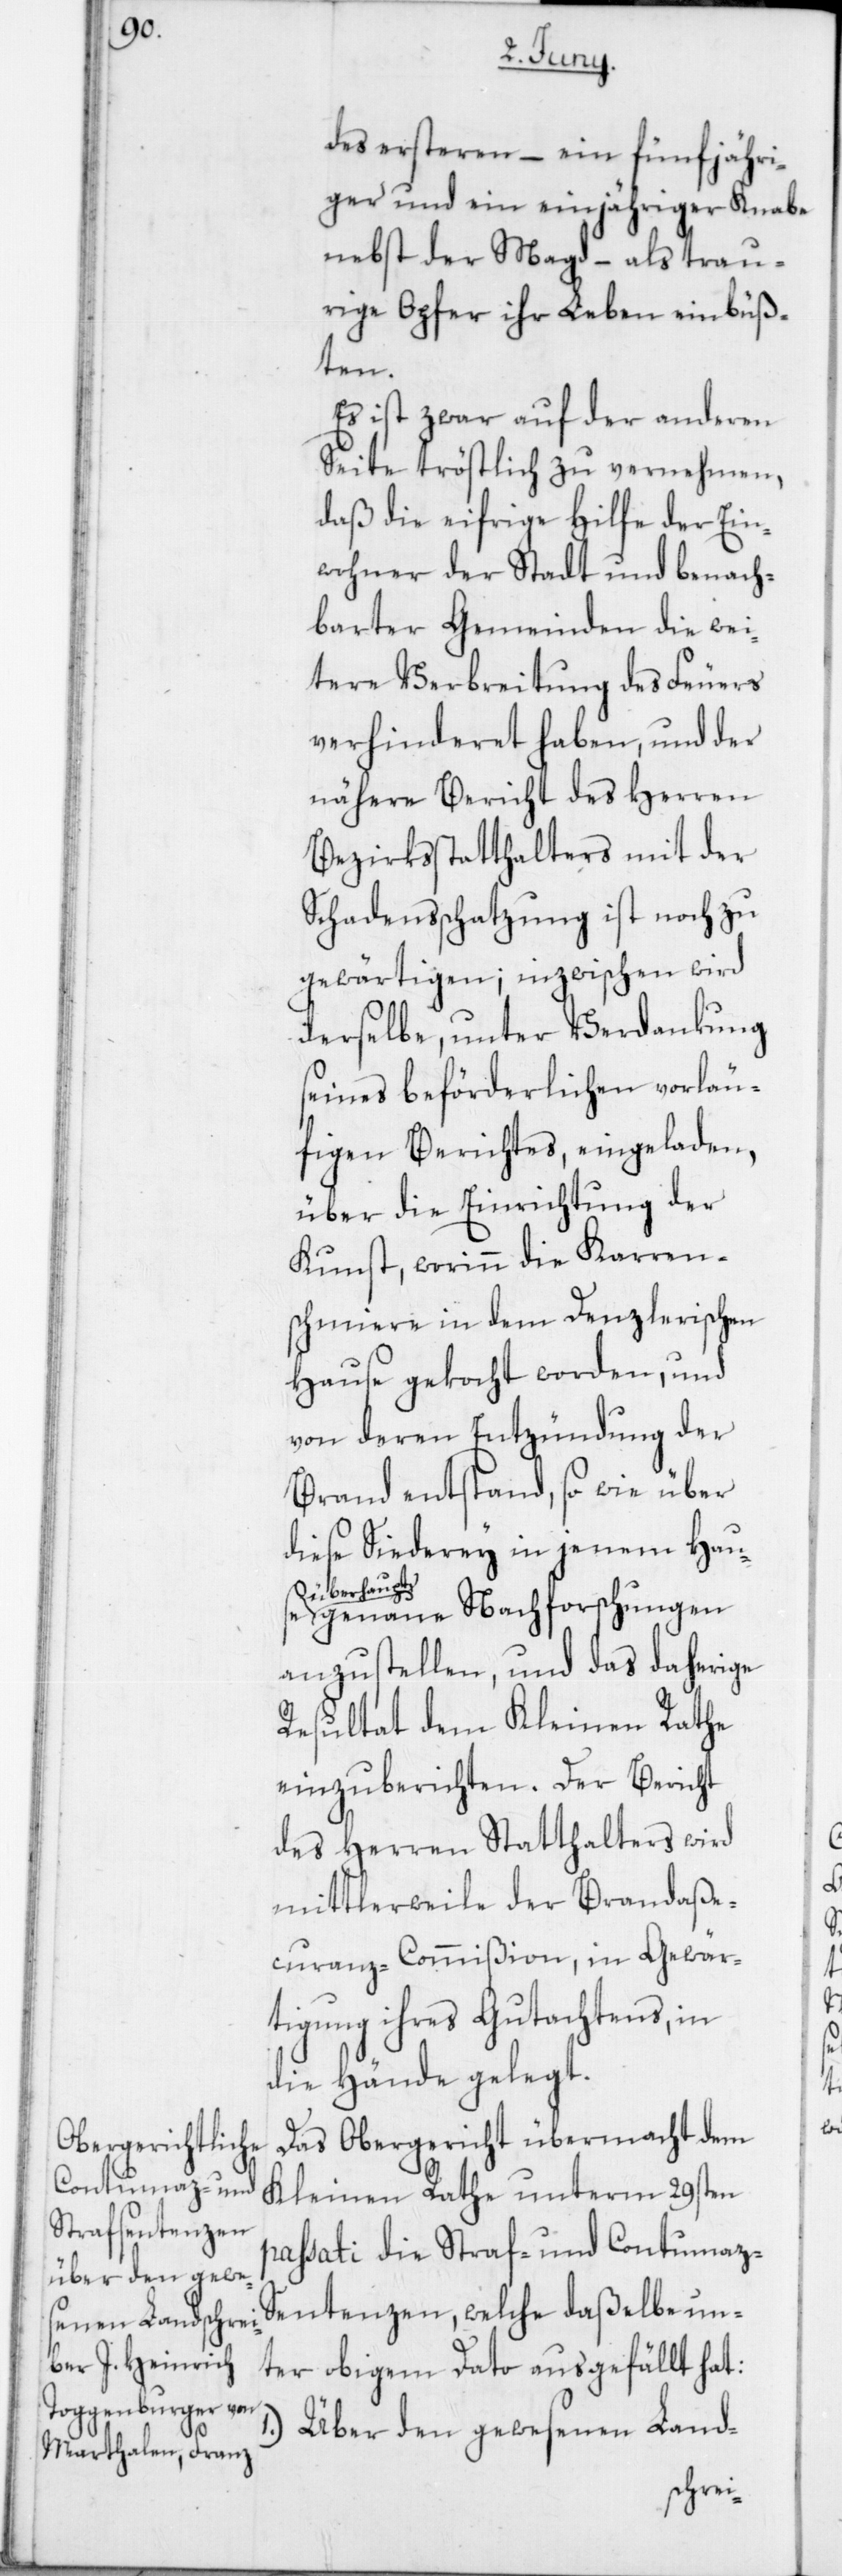
des ersteren, – ein fünfjähri¬
ger und ein einjähriger Knabe
nebst der Magd, – als trau¬
rige Opfer ihr Leben einbüß¬
ten.
Es ist zwar auf der anderen
Seite tröstlich zu vernehmen,
daß die eifrige Hilfe der Ein¬
wohner der Stadt und benach¬
barter Gemeinden die wei¬
tere Verbreitung des Feuers
verhinderet haben, und der
nähere Bericht des Herren
Bezirksstatthalters mit der
Schadensschatzung ist noch zu
gewärtigen; inzwischen wird
derselbe, unter Verdankung
seines beförderlichen vorläu¬
figen Berichtes eingeladen,
über die Einrichtung der
Kunst, worinn die Karren¬
schmiere in dem Denzlerischen
Hause gekocht worden, und
von deren Entzündung der
Brand entstand, sowie über
diese Siederey in jenem Hau¬
upt
überha¬
genaue Nachforschungen
anzustellen, und das daherige
Resultat dem Kleinen Rathe
einzuberichten. Der Bericht
des Herren Statthalters wird
mittlerweile der Brandaße¬
curanz-Commißion, in Gewär¬
tigung ihres Gutachtens, in
die Hände gelegt.
Das Obergericht übermacht dem
Kleinen Rathe unterm 29sten
passati die Straf- und Contumaz-S¬
entenzen, welche daßelbe un¬
ter obigem Dato ausgefällt hat:
Über den gewesenen Land-